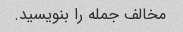
مخالف جمله را بنویسید.